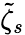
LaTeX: \tilde{\zeta}_{s}